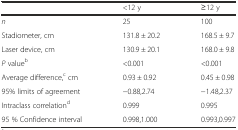
|  | <12 y | ≥12 y |
 | --- | --- | --- |
 | n | 25 | 100 |
 | Stadiometer, cm | 131.8 ± 20.2 | 168.5 ± 9.7 |
 | Laser device, cm | 130.9 ± 20.1 | 168.0 ± 9.8 |
 | P valueb | <0.001 | <0.001 |
 | Average difference,c cm | 0.93 ± 0.92 | 0.45 ± 0.98 |
 | 95% limits of agreement | −0.88,2.74 | −1.48,2.37 |
 | Intraclass correlationd | 0.999 | 0.995 |
 | 95 % Confidence interval | 0.998,1.000 | 0.993,0.997 |